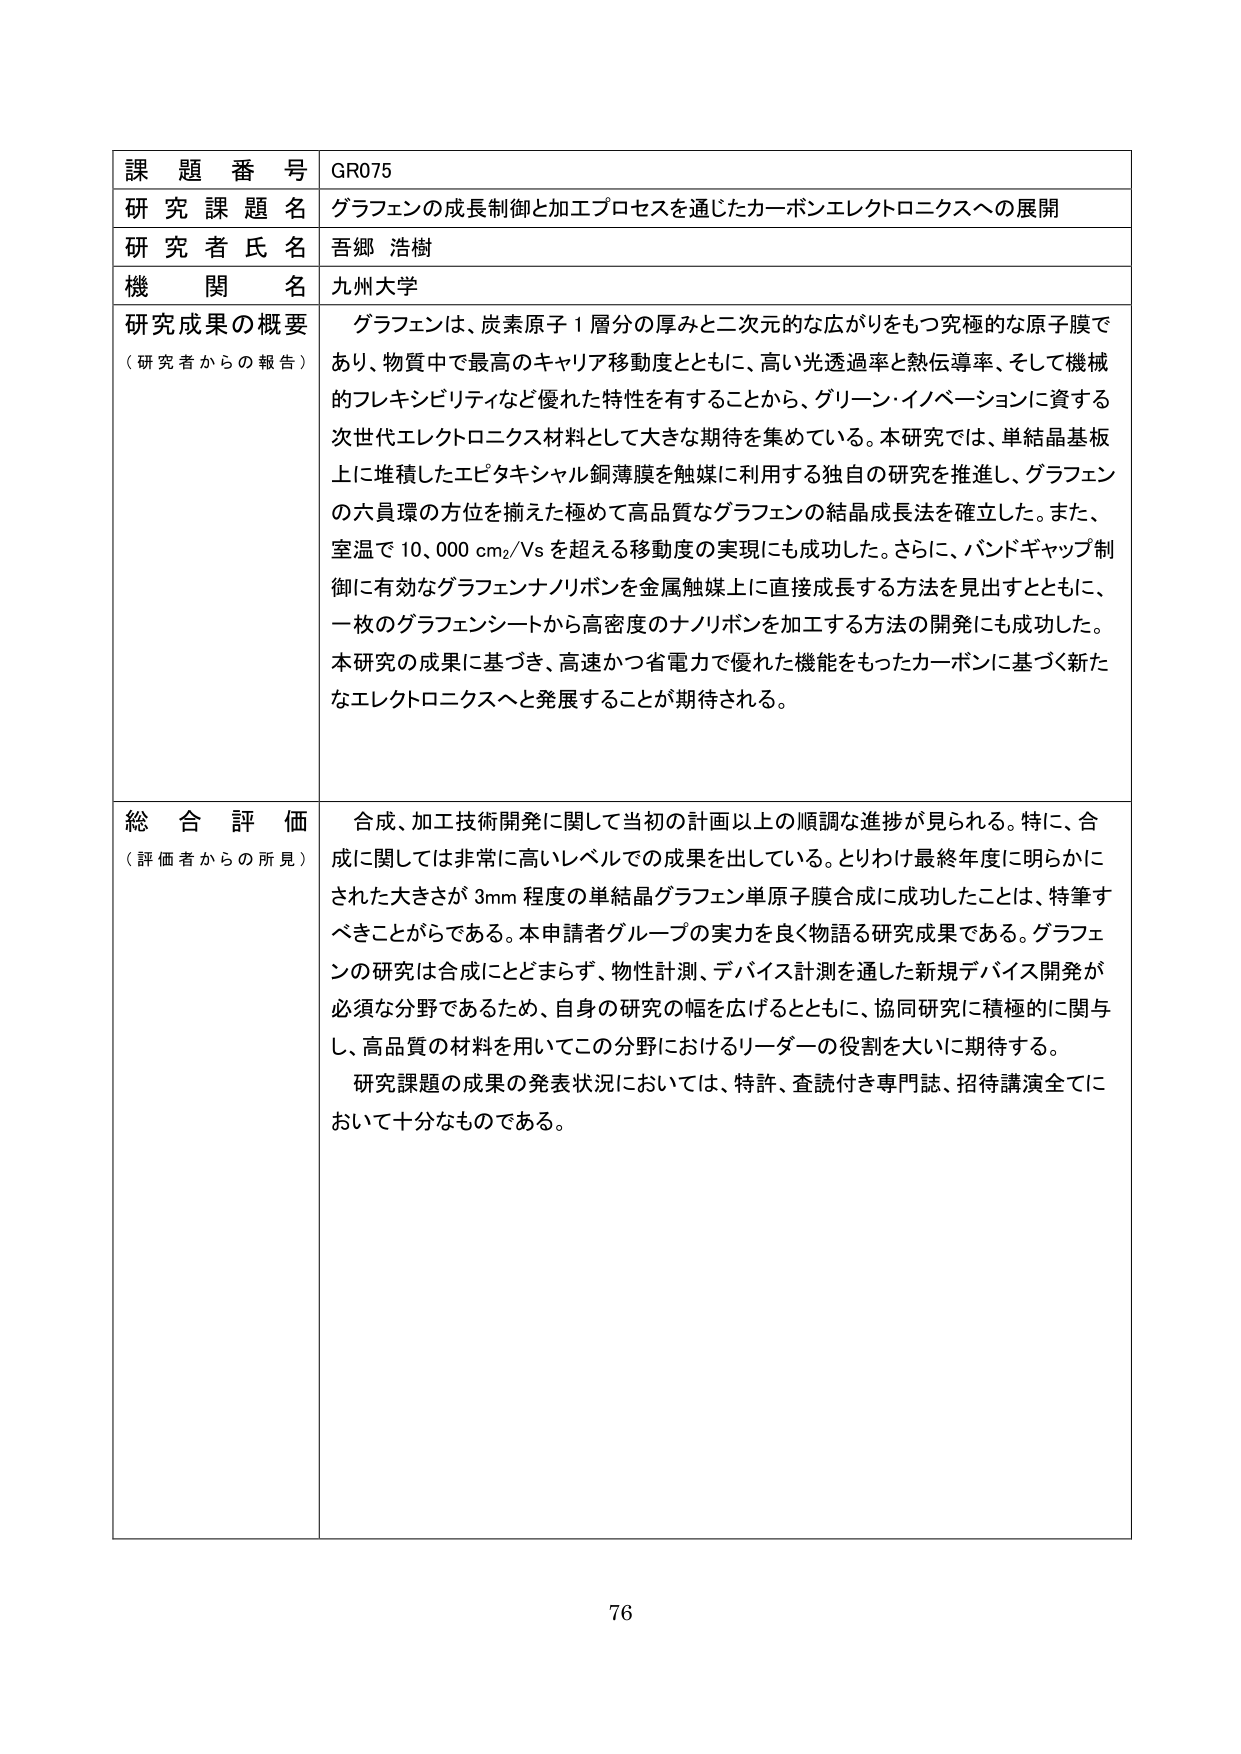
課題番号 GR075
研究課題名 グラフェンの成長制御と加工プロセスを通じたカーボンエレクトロニクスへの展開
研究者氏名 吾郷 浩樹
機関名 九州大学

研究成果の概要
（研究者からの報告）
グラフェンは、炭素原子1層分の厚みと二次元的な広がりをもつ究極的な原子膜であり、物質中で最高のキャリア移動度とともに、高い光透過率と熱伝導率、そして機械的フレキシビリティなど優れた特性を有することから、グリーン・イノベーションに資する次世代エレクトロニクス材料として大きな期待を集めている。本研究では、単結晶基板上に堆積したエピタキシャル銅薄膜を触媒に利用する独自の研究を推進し、グラフェンの六員環の方位を揃えた極めて高品質なグラフェンの結晶成長法を確立した。また、室温で10,000 cm²/Vsを超える移動度の実現にも成功した。さらに、バンドギャップ制御に有効なグラフェンナノリボンを金属触媒上に直接成長する方法を見出すとともに、一枚のグラフェンシートから高密度のナノリボンを加工する方法の開発にも成功した。本研究の成果に基づき、高速かつ省電力で優れた機能をもったカーボンに基づく新たなエレクトロニクスへと発展することが期待される。

総合評価
（評価者からの所見）
合成、加工技術開発に関して当初の計画以上の順調な進捗が見られる。特に、合成に関しては非常に高いレベルでの成果を出している。とりわけ最終年度に明らかにされた大きさが3mm程度の単結晶グラフェン単原子膜合成に成功したことは、特筆すべきことがらである。本申請者グループの実力を良く物語る研究成果である。グラフェンの研究は合成にとどまらず、物性計測、デバイス計測を通した新規デバイス開発が必須な分野であるため、自身の研究の幅を広げるとともに、協同研究に積極的に関与し、高品質の材料を用いてこの分野におけるリーダーの役割を大いに期待する。
研究課題の成果の発表状況においては、特許、査読付き専門誌、招待講演全てにおいて十分なものである。

76